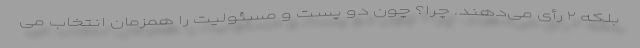
بلکه ۲ رأی می‌دهند. چرا؟ چون دو پست و مسئولیت را همزمان انتخاب می